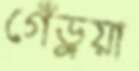
গেঁড়ুয়া